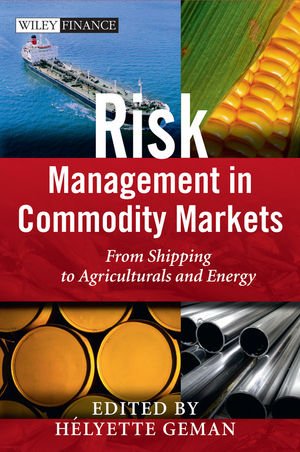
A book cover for Risk Management in Commodity Markets: From Shipping to Agriculturals and Energy; Business & Money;